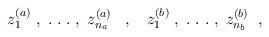
LaTeX: \begin{align*}z_1^{(a)} \; , \; . \; . \; . \; , \; z_{n_a}^{(a)}\; \; \; , \; \; \;z_1^{(b)} \; , \; . \; . \; . \; , \; z_{n_b}^{(b)} \; \; ,\end{align*}